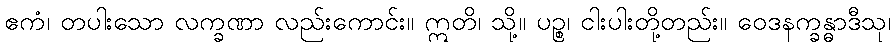
ဧကံ၊ တပါးသော လက္ခဏာ လည်းကောင်း။ ဣတိ၊ သို့။ ပဉ္စ၊ ငါးပါးတို့တည်း။ ဝေဒနက္ခန္ဓာဒီသု၊